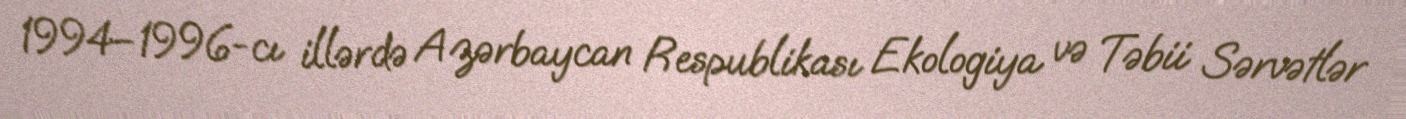
1994–1996-cı illərdə Azərbaycan Respublikası Ekologiya və Təbii Sərvətlər